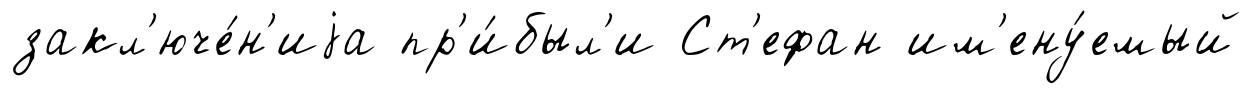
закл'юче́н'иjа пр'и́был'и Ст'ефан им'ену́емый